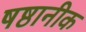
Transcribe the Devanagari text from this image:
षष्ठानीक